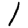
Digit: 1